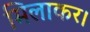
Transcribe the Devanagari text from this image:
मिलाकर।